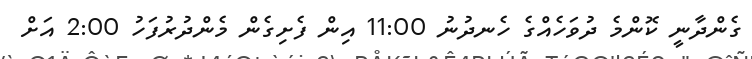
ގެންދާނީ ކޮންމެ ދުވަހެއްގެ ހެނދުނު 11:00 އިން ފެށިގެން މެންދުރުފަހު 2:00 އަށް